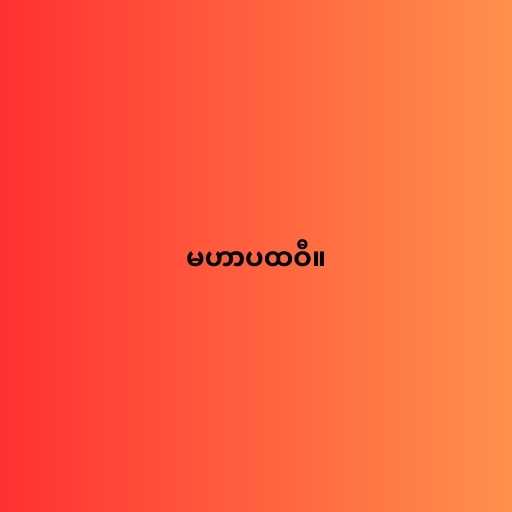
မဟာပထဝီ။